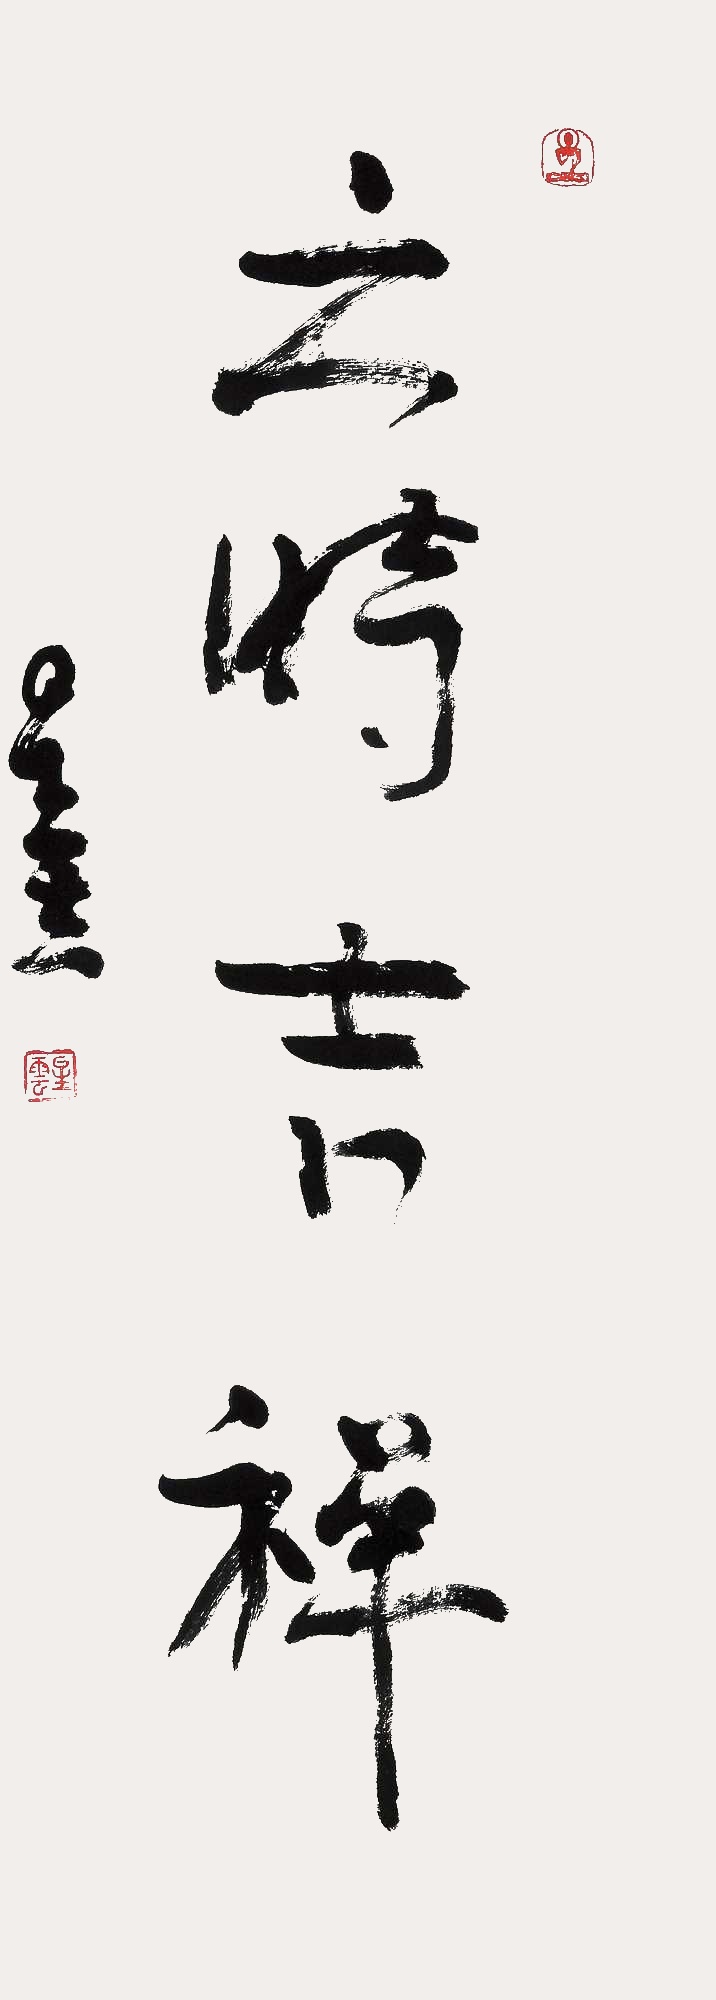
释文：六时吉祥。星云。